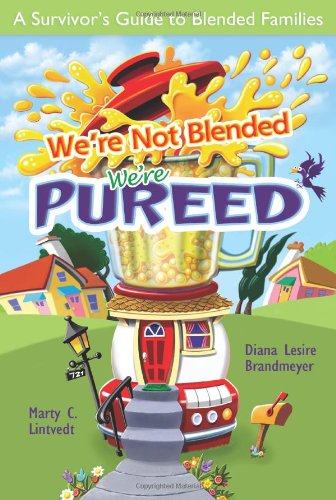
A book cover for We're Not Blended - We're Pureed; Diana Lesire Brandmeyer; Parenting & Relationships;